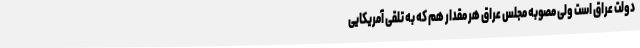
دولت عراق است ولی مصوبه مجلس عراق هر مقدار هم که به تلقی آمریکایی